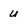
Character: U